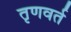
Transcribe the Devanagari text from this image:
तृणवर्त